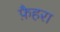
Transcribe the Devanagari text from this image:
फ़ैहरा